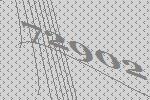
72902